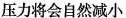
压力将会自然减小